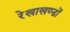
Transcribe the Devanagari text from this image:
रेखाखण्डों